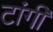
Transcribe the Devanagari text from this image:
टांगी